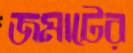
জমাটের